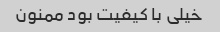
خیلی با کیفیت بود ممنون